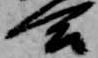
合